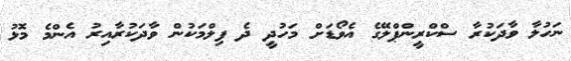
ނަހުލާ ވާދަކުރާ ސްކްރީންޕްލޭގެ އެވޯޑަށް މަހުދީ ދެ ފިލްމަކުން ވާދަކުރާއިރު އެންމެ މޮޅު